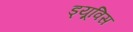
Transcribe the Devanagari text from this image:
ड्यूविस